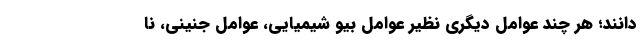
دانند؛ هر چند عوامل دیگری نظیر عوامل بیو شیمیایی، عوامل جنینی، نا